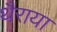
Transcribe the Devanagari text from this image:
थैराया